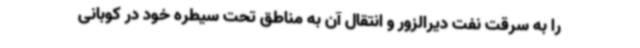
را به سرقت نفت دیرالزور و انتقال آن به مناطق تحت سیطره خود در کوبانی